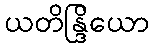
ယတိန္ဒြိယော